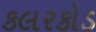
કલરકોડ